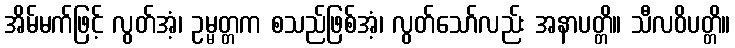
အိမ်မက်ဖြင့် လွတ်အံ့၊ ဥမ္မတ္တက စသည်ဖြစ်အံ့၊ လွတ်သော်လည်း အနာပတ္တိ။ သီလဝိပတ္တိ။